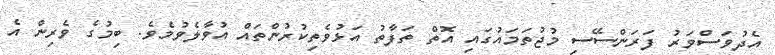
އެދުވަސްވަރު ފަރަންސޭސި މުޖުތަމައުގައި އޮތް ތަފާތު އަޅުވެތިކުރުންތައް އުވާލެވުމެވެ. ބިމުގެ ވެރިން އެ